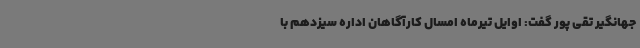
جهانگیر تقی پور گفت: اوایل تیرماه امسال کارآگاهان اداره سیزدهم با